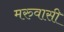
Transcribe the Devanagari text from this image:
मरुवासी